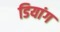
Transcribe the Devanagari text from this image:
डियांग